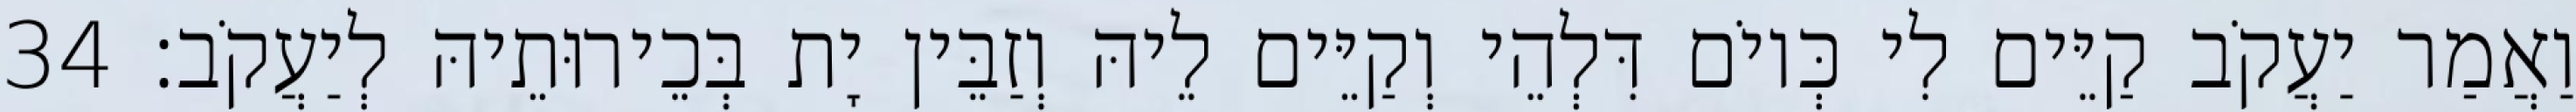
וַאֲמַר יַעֲקֹב קַיֵּים לִי כְּיוֹם דִּלְהֵי וְקַיֵּים לֵיהּ וְזַבֵּין יָת בְּכֵירוּתֵיהּ לְיַעֲקֹב׃ 34